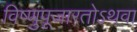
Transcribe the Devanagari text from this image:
विष्णुपूजारतोऽथवा